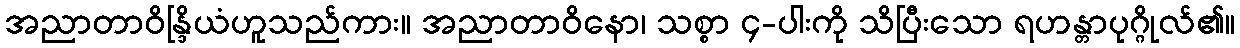
အညာတာဝိန္ဒြိယံဟူသည်ကား။ အညာတာဝိနော၊ သစ္စာ ၄-ပါးကို သိပြီးသော ရဟန္တာပုဂ္ဂိုလ်၏။